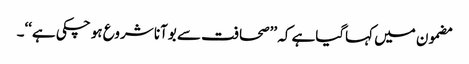
مضمون میں کہاگیاہے کہ ’’صحافت سے بوآنا شروع ہو چکی ہے‘‘۔